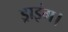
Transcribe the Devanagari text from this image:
ड्राइंग।